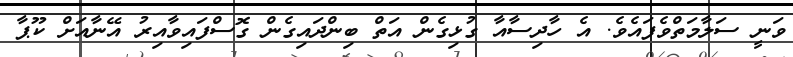
ވަނީ ސަލާމަތްވެފައެވެ. އެ ހާދިސާއާ ގުޅިގެން އަތް ބިންދައިގެން ގޮސްފައިވާއިރު އޭނާއަށް ކޫޕާ